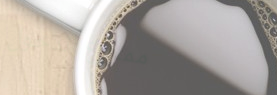
ممنوع الدخول